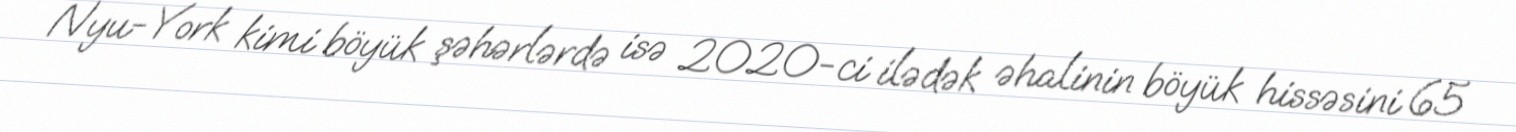
Nyu-York kimi böyük şəhərlərdə isə 2020-ci ilədək əhalinin böyük hissəsini 65